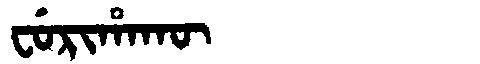
Manchu: ᠸᡠᡵᡳᡥᠠᡴᡡ
Romanization: FURIHAKŪ